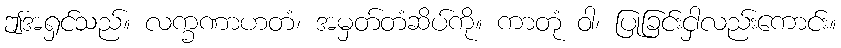
ဤအရှင်သည်။ လက္ခဏာဟတံ၊ အမှတ်တံဆိပ်ကို။ ကာတုံ ဝါ၊ ပြုခြင်းငှါလည်းကောင်း။